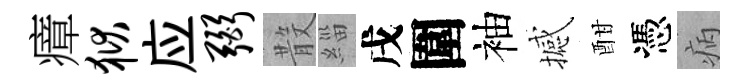
瘴狱应弼𣪚緇戌圍袖撼酣憑病